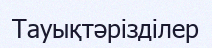
Тауықтәрізділер